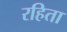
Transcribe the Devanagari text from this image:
रहिता